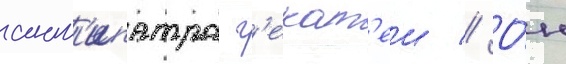
ант'ипатра г'екат'еи // О́н